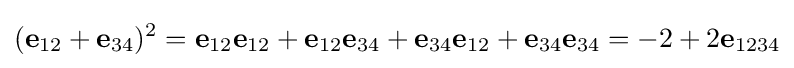
(\mathbf {e} _{12}+\mathbf {e} _{34})^{2}=\mathbf {e} _{12}\mathbf {e} _{12}+\mathbf {e} _{12}\mathbf {e} _{34}+\mathbf {e} _{34}\mathbf {e} _{12}+\mathbf {e} _{34}\mathbf {e} _{34}=-2+2\mathbf {e} _{1234}